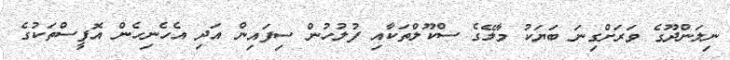
ނިލަންދޫގެ ވަރަށްގިނަ ބަޔަކު މާލޭގެ ސްކޫލްތަކާއި ފުލުހުން ސިފައިން އަދި އެހެނިހެން އޮފީސްތަކުގެ